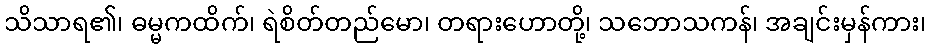
သိသာရ၏၊ ဓမ္မကထိက်၊ ရဲစိတ်တည်မော၊ တရားဟောတို့၊ သဘောသကန်၊ အချင်းမှန်ကား၊